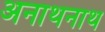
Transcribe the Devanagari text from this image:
अनाथनाथ